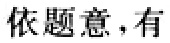
依题意，有